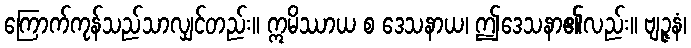
ကြောက်ကုန်သည်သာလျှင်တည်း။ ဣမိဿာယ စ ဒေသနာယ၊ ဤဒေသနာ၏လည်း။ ဗျဉ္ဇနံ၊